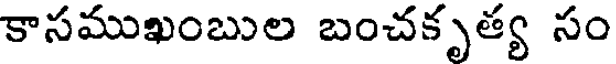
కాసముఖంబుల బంచకృత్య సం